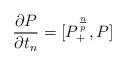
LaTeX: \begin{align*}\frac{\partial P }{\partial t_n}=[P^{\frac{n}{p}}_+,P]\end{align*}